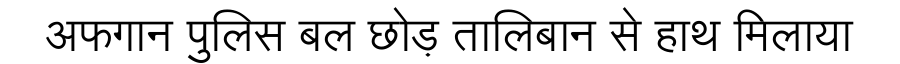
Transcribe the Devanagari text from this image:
अफगान पुलिस बल छोड़ तालिबान से हाथ मिलाया